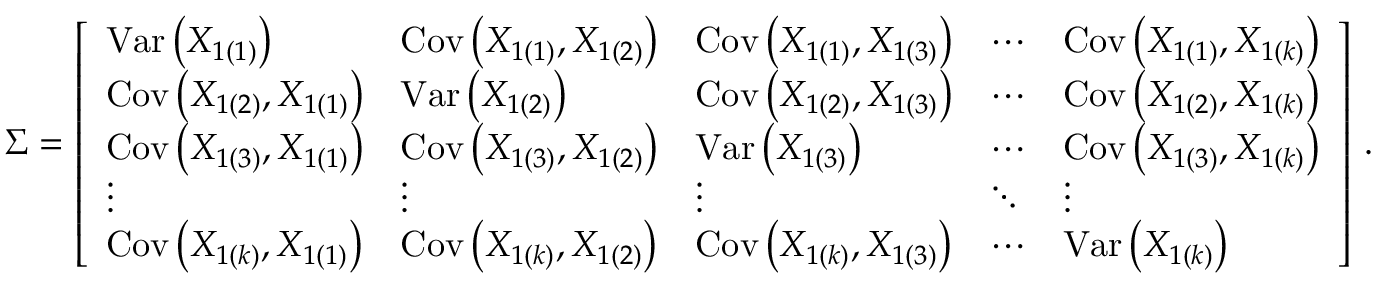
{ \boldsymbol { \Sigma } } = { \left[ \begin{array} { l l l l l } { { \operatorname { V a r } \left( X _ { 1 ( 1 ) } \right) } } & { \operatorname { C o v } \left( X _ { 1 ( 1 ) } , X _ { 1 ( 2 ) } \right) } & { \operatorname { C o v } \left( X _ { 1 ( 1 ) } , X _ { 1 ( 3 ) } \right) } & { \cdots } & { \operatorname { C o v } \left( X _ { 1 ( 1 ) } , X _ { 1 ( k ) } \right) } \\ { \operatorname { C o v } \left( X _ { 1 ( 2 ) } , X _ { 1 ( 1 ) } \right) } & { \operatorname { V a r } \left( X _ { 1 ( 2 ) } \right) } & { \operatorname { C o v } \left( X _ { 1 ( 2 ) } , X _ { 1 ( 3 ) } \right) } & { \cdots } & { \operatorname { C o v } \left( X _ { 1 ( 2 ) } , X _ { 1 ( k ) } \right) } \\ { \operatorname { C o v } \left( X _ { 1 ( 3 ) } , X _ { 1 ( 1 ) } \right) } & { \operatorname { C o v } \left( X _ { 1 ( 3 ) } , X _ { 1 ( 2 ) } \right) } & { \operatorname { V a r } \left( X _ { 1 ( 3 ) } \right) } & { \cdots } & { \operatorname { C o v } \left( X _ { 1 ( 3 ) } , X _ { 1 ( k ) } \right) } \\ { \vdots } & { \vdots } & { \vdots } & { \ddots } & { \vdots } \\ { \operatorname { C o v } \left( X _ { 1 ( k ) } , X _ { 1 ( 1 ) } \right) } & { \operatorname { C o v } \left( X _ { 1 ( k ) } , X _ { 1 ( 2 ) } \right) } & { \operatorname { C o v } \left( X _ { 1 ( k ) } , X _ { 1 ( 3 ) } \right) } & { \cdots } & { \operatorname { V a r } \left( X _ { 1 ( k ) } \right) } \end{array} \right] } ~ .